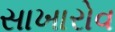
સાખારોવ